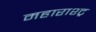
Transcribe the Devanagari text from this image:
महाराश्ट्र